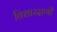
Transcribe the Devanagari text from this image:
विशारदाणी